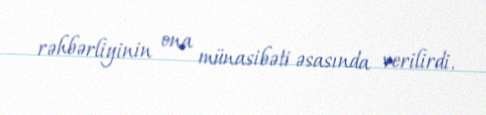
rəhbərliyinin ona münasibəti əsasında verilirdi.